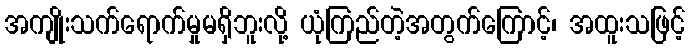
အကျိုးသက်ရောက်မှုမရှိဘူးလို့ ယုံကြည်တဲ့အတွက်ကြောင့်၊ အထူးသဖြင့်